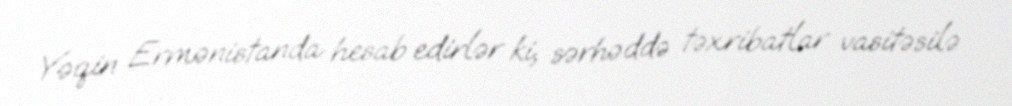
Yəqin Ermənistanda hesab edirlər ki, sərhəddə təxribatlar vasitəsilə